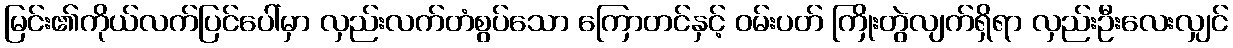
မြင်း၏ကိုယ်လက်ပြင်ပေါ်မှာ လှည်းလက်တံစွပ်သော ကြောတင်နှင့် ဝမ်းပတ် ကြိုးတွဲလျက်ရှိရာ လှည်းဦးလေးလျှင်